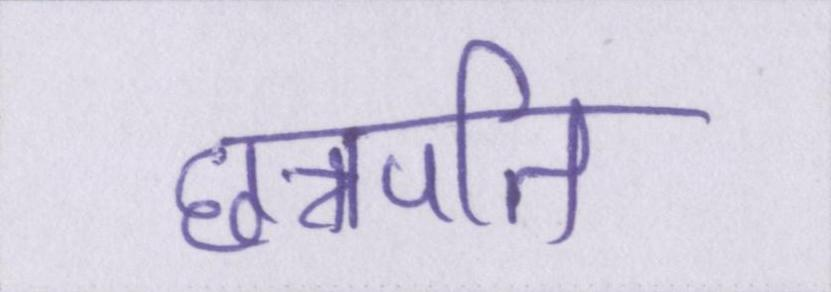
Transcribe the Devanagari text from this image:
छत्रपति